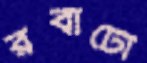
রবার্টো